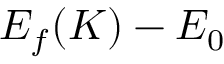
E _ { f } ( K ) - E _ { 0 }